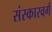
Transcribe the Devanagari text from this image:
संस्कारवर्ग